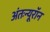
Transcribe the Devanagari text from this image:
अंतःन्यूरॉन